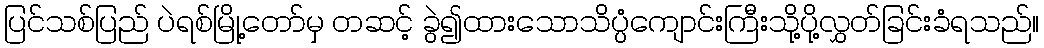
ပြင်သစ်ပြည် ပဲရစ်မြို့တော်မှ တဆင့် ခွဲ၍ထားသောသိပ္ပံကျောင်းကြီးသို့ပို့လွှတ်ခြင်းခံရသည်။